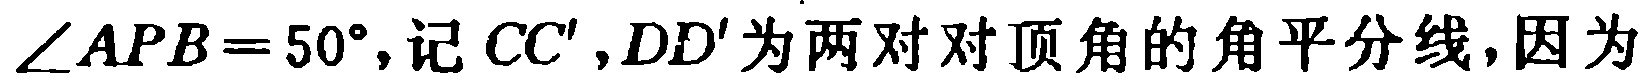
$\angle APB = 50^{\circ}$, 记 $CC', DD'$ 为两对对顶角的角平分线, 因为